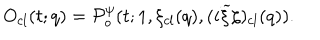
LaTeX: O _ { c l } ( t ; q ) = { \cal P } _ { o } ^ { \psi } ( t ; 1 , \xi _ { c l } ( q ) , ( i { \widetilde \xi } \zeta ) _ { c l } ( q ) ) .